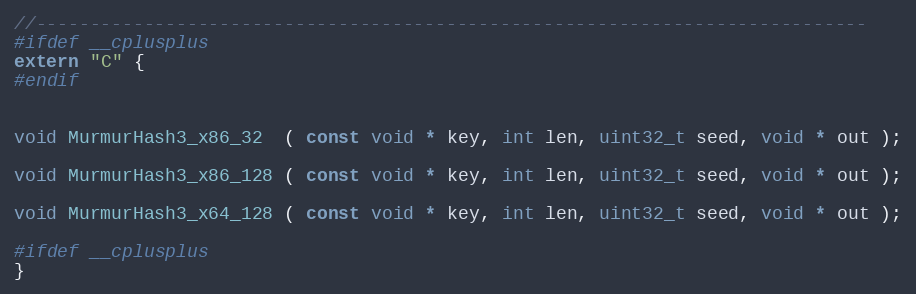
Language: C
//-----------------------------------------------------------------------------
#ifdef __cplusplus
extern "C" {
#endif

void MurmurHash3_x86_32  ( const void * key, int len, uint32_t seed, void * out );

void MurmurHash3_x86_128 ( const void * key, int len, uint32_t seed, void * out );

void MurmurHash3_x64_128 ( const void * key, int len, uint32_t seed, void * out );

#ifdef __cplusplus
}